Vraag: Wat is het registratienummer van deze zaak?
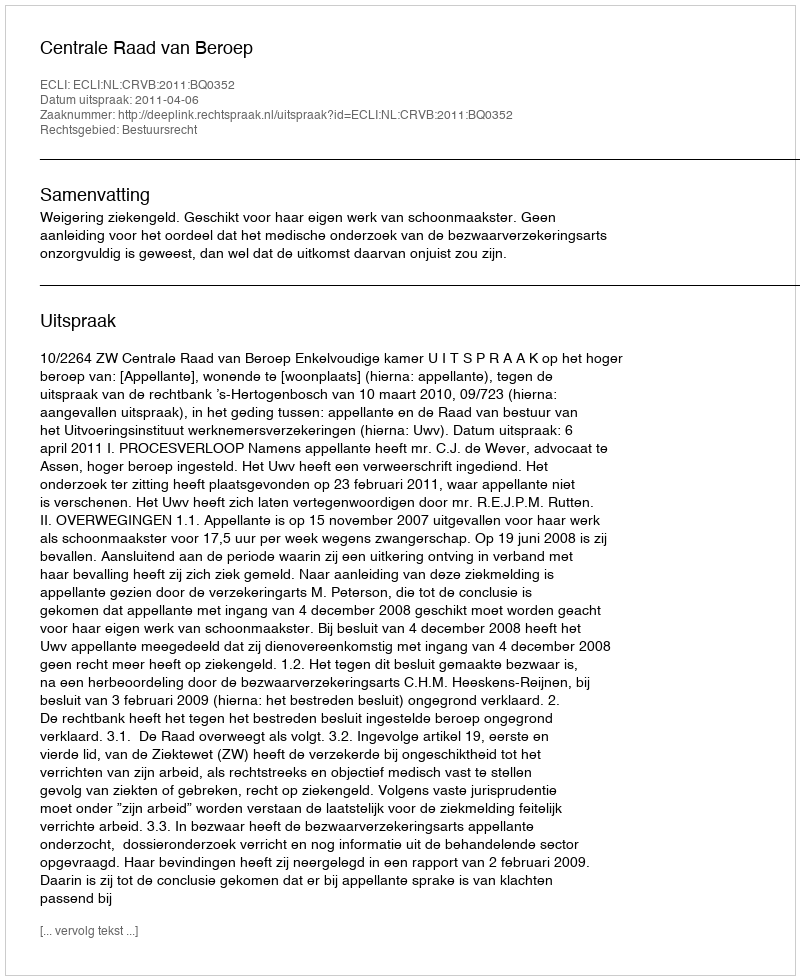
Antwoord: http://deeplink.rechtspraak.nl/uitspraak?id=ECLI:NL:CRVB:2011:BQ0352